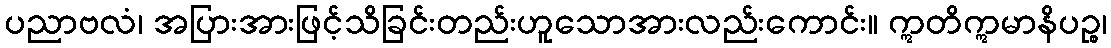
ပညာဗလံ၊ အပြားအားဖြင့်သိခြင်းတည်းဟူသောအားလည်းကောင်း။ ဣတိဣမာနိပဉ္စ၊